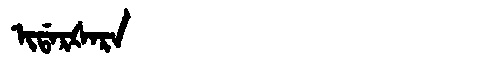
Manchu: ᡳᡩᠠᡵᡧᠠᡵᠠ
Romanization: IDARŠARA